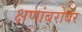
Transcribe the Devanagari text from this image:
क्षणांबरोबर